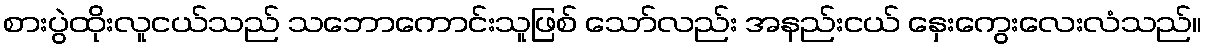
စားပွဲထိုးလူငယ်သည် သဘောကောင်းသူဖြစ် သော်လည်း အနည်းငယ် နှေးကွေးလေးလံသည်။